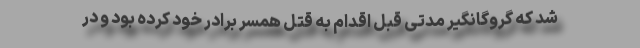
شد که گروگانگیر مدتی قبل اقدام به قتل همسر برادر خود کرده بود و در